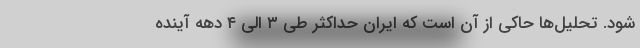
شود. تحلیل‌ها حاکی از آن است که ایران حداکثر طی ۳ الی ۴ دهه آینده